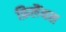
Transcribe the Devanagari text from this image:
फ़िलैंथस